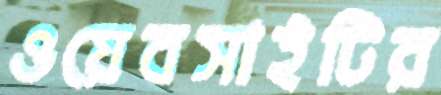
ওয়েবসাইটির